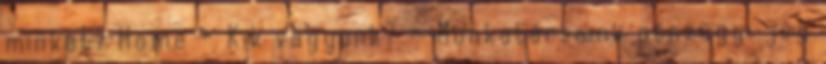
minket? Home » Kik vagyunk? » Munkatársaink pénzügyi jog